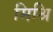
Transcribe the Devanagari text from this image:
मिश्रि